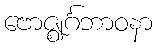
ဗောဇ္ဈင်္ဂဘာဝနာ